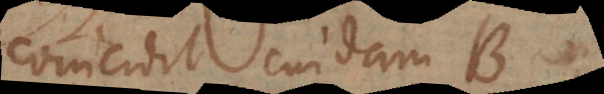
coincidit cuidam B,